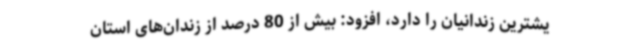
یشترین زندانیان را دارد، افزود: بیش از 80 درصد از زندان‌های استان